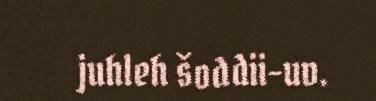
juhleh šoddii-uv.